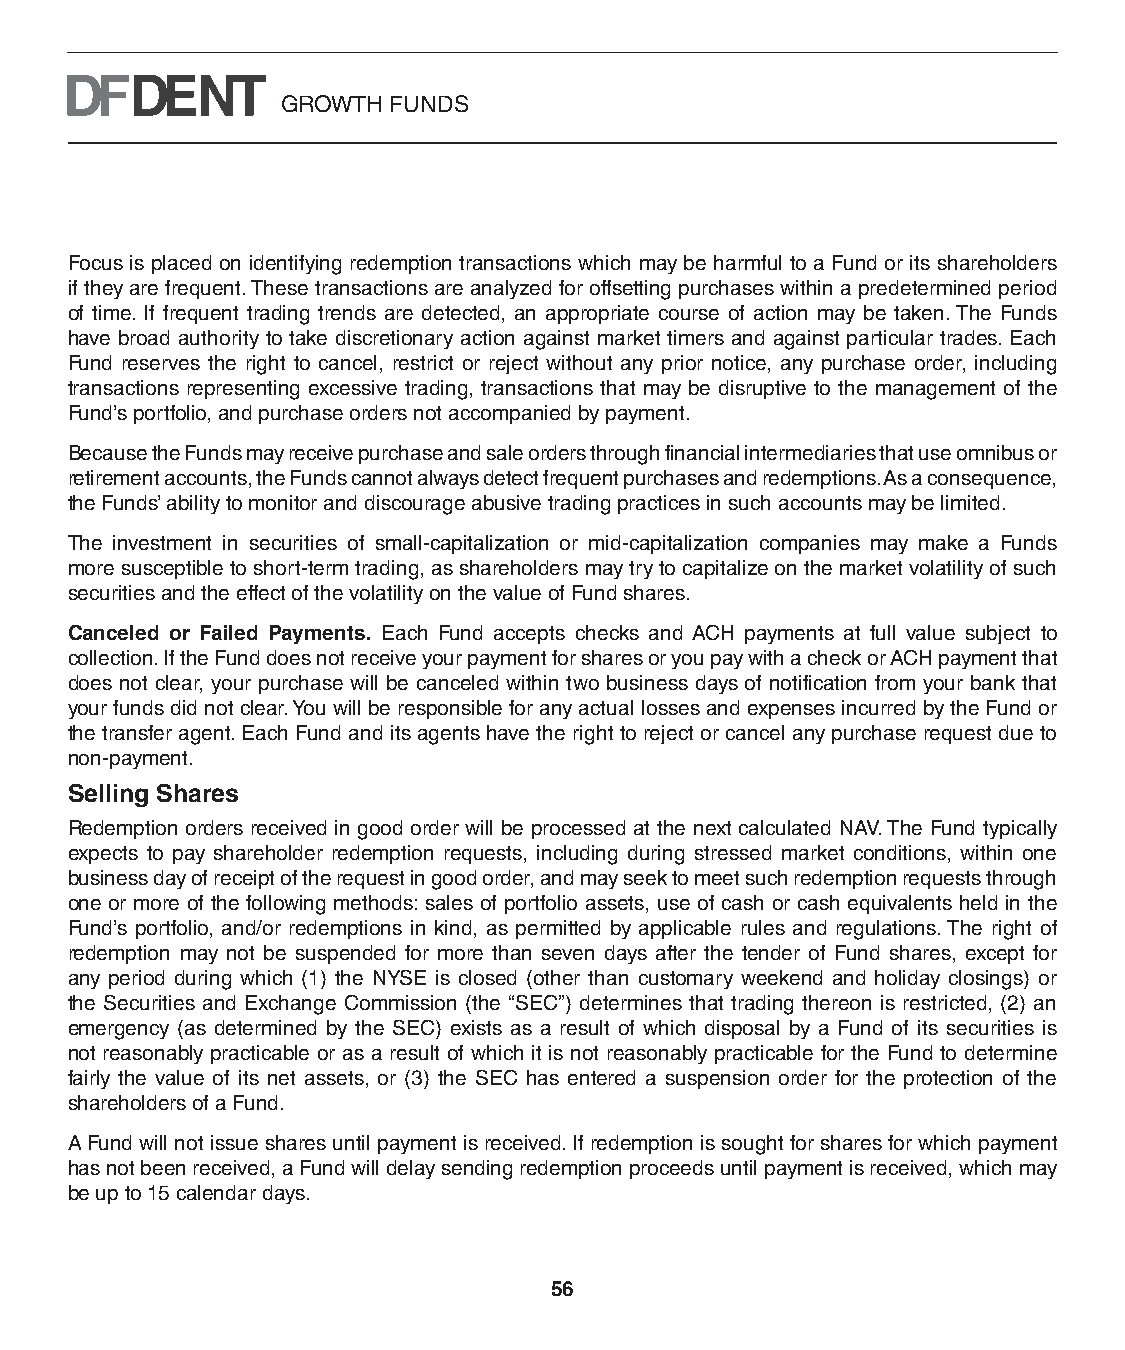
GROWTH FUNDS
 Focus is placed on identifying redemption transactions which may be harmful to a Fund or its shareholders
 if they are frequent. These transactions are analyzed for offsetting purchases within a predetermined period
 of time. If frequent trading trends are detected, an appropriate course of action may be taken. The Funds
 have broad authority to take discretionary action against market timers and against particular trades. Each
 Fund reserves the right to cancel, restrict or reject without any prior notice, any purchase order, including
 transactions representing excessive trading, transactions that may be disruptive to the management of the
 Fund’s portfolio, and purchase orders not accompanied by payment.
 Because the Funds may receive purchase and sale orders through financial intermediaries that use omnibus or
 retirement accounts, the Funds cannot always detect frequent purchases and redemptions. As a consequence,
 the Funds’ ability to monitor and discourage abusive trading practices in such accounts may be limited.
 The investment in securities of small-capitalization or mid-capitalization companies may make a Funds
 more susceptible to short-term trading, as shareholders may try to capitalize on the market volatility of such
 securities and the effect of the volatility on the value of Fund shares.
 Canceled or Failed Payments. Each Fund accepts checks and ACH payments at full value subject to
 collection. If the Fund does not receive your payment for shares or you pay with a check or ACH payment that
 does not clear, your purchase will be canceled within two business days of notification from your bank that
 your funds did not clear. You will be responsible for any actual losses and expenses incurred by the Fund or
 the transfer agent. Each Fund and its agents have the right to reject or cancel any purchase request due to
 non-payment.
 Selling Shares
 Redemption orders received in good order will be processed at the next calculated NAV. The Fund typically
 expects to pay shareholder redemption requests, including during stressed market conditions, within one
 business day of receipt of the request in good order, and may seek to meet such redemption requests through
 one or more of the following methods: sales of portfolio assets, use of cash or cash equivalents held in the
 Fund’s portfolio, and/or redemptions in kind, as permitted by applicable rules and regulations. The right of
 redemption may not be suspended for more than seven days after the tender of Fund shares, except for
 any period during which (1) the NYSE is closed (other than customary weekend and holiday closings) or
 the Securities and Exchange Commission (the “SEC”) determines that trading thereon is restricted, (2) an
 emergency (as determined by the SEC) exists as a result of which disposal by a Fund of its securities is
 not reasonably practicable or as a result of which it is not reasonably practicable for the Fund to determine
 fairly the value of its net assets, or (3) the SEC has entered a suspension order for the protection of the
 shareholders of a Fund.
 A Fund will not issue shares until payment is received. If redemption is sought for shares for which payment
 has not been received, a Fund will delay sending redemption proceeds until payment is received, which may
 be up to 15 calendar days.
 56